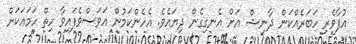
އުފާވެރި ހަބަރެއްކަން ދާނިޝް އަށް އެނގިގެން ދިޔައެވެ. އެހެންކަމުން އަވަސްވެފައިވާ ހިތް ހަމައަކަށް